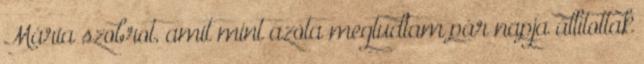
Mária szobrot, amit mint azóta megtudtam pár napja állítottak